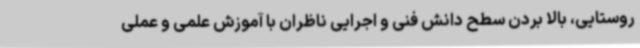
روستایی، بالا بردن سطح دانش فنی و اجرایی ناظران با آموزش علمی ‌و عملی